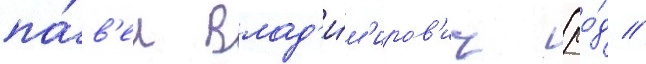
па́в'ел влад'и́м'иров'ич (ро́д //